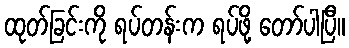
ထုတ်ခြင်းကို ရပ်တန်းက ရပ်ဖို့ တော်ပါပြီ။